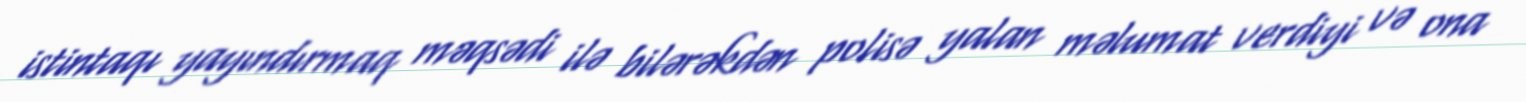
istintaqı yayındırmaq məqsədi ilə bilərəkdən polisə yalan məlumat verdiyi və ona